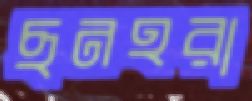
ছনহরা